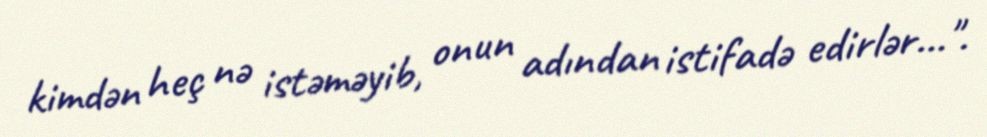
kimdən heç nə istəməyib, onun adından istifadə edirlər...".